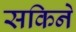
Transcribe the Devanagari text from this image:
सकिने